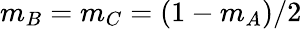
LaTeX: m_{B}=m_{C}=(1-m_{A})/2